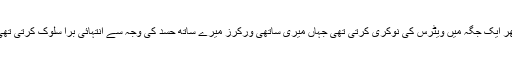
پھر ایک جگہ میں ویٹرس کی نوکری کرتی تھی جہاں میری ساتھی ورکرز میرے ساتھ حسد کی وجہ سے انتہائی برا سلوک کرتی تھی۔